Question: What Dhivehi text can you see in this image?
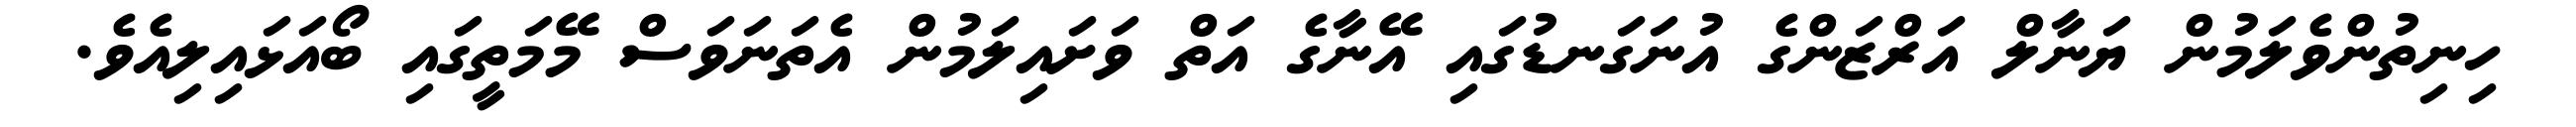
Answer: ހިނިތުންވެލަމުން ޔަނާލް އަރްޒަންގެ އުނަގަނޑުގައި އޭނާގެ އަތް ވަށައިލަމުން އެތަނަވަސް މޭމަތީގައި ބޯއަޅައިލިއެވެ.